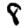
Digit: 8